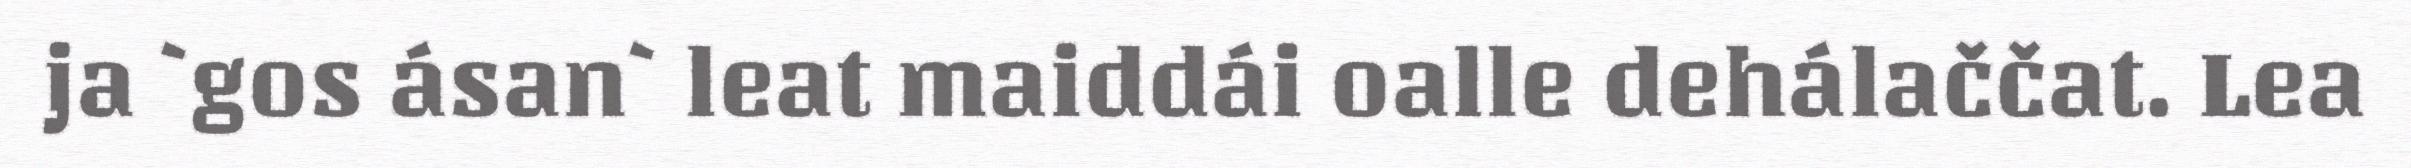
ja `gos ásan` leat maiddái oalle dehálaččat. Lea